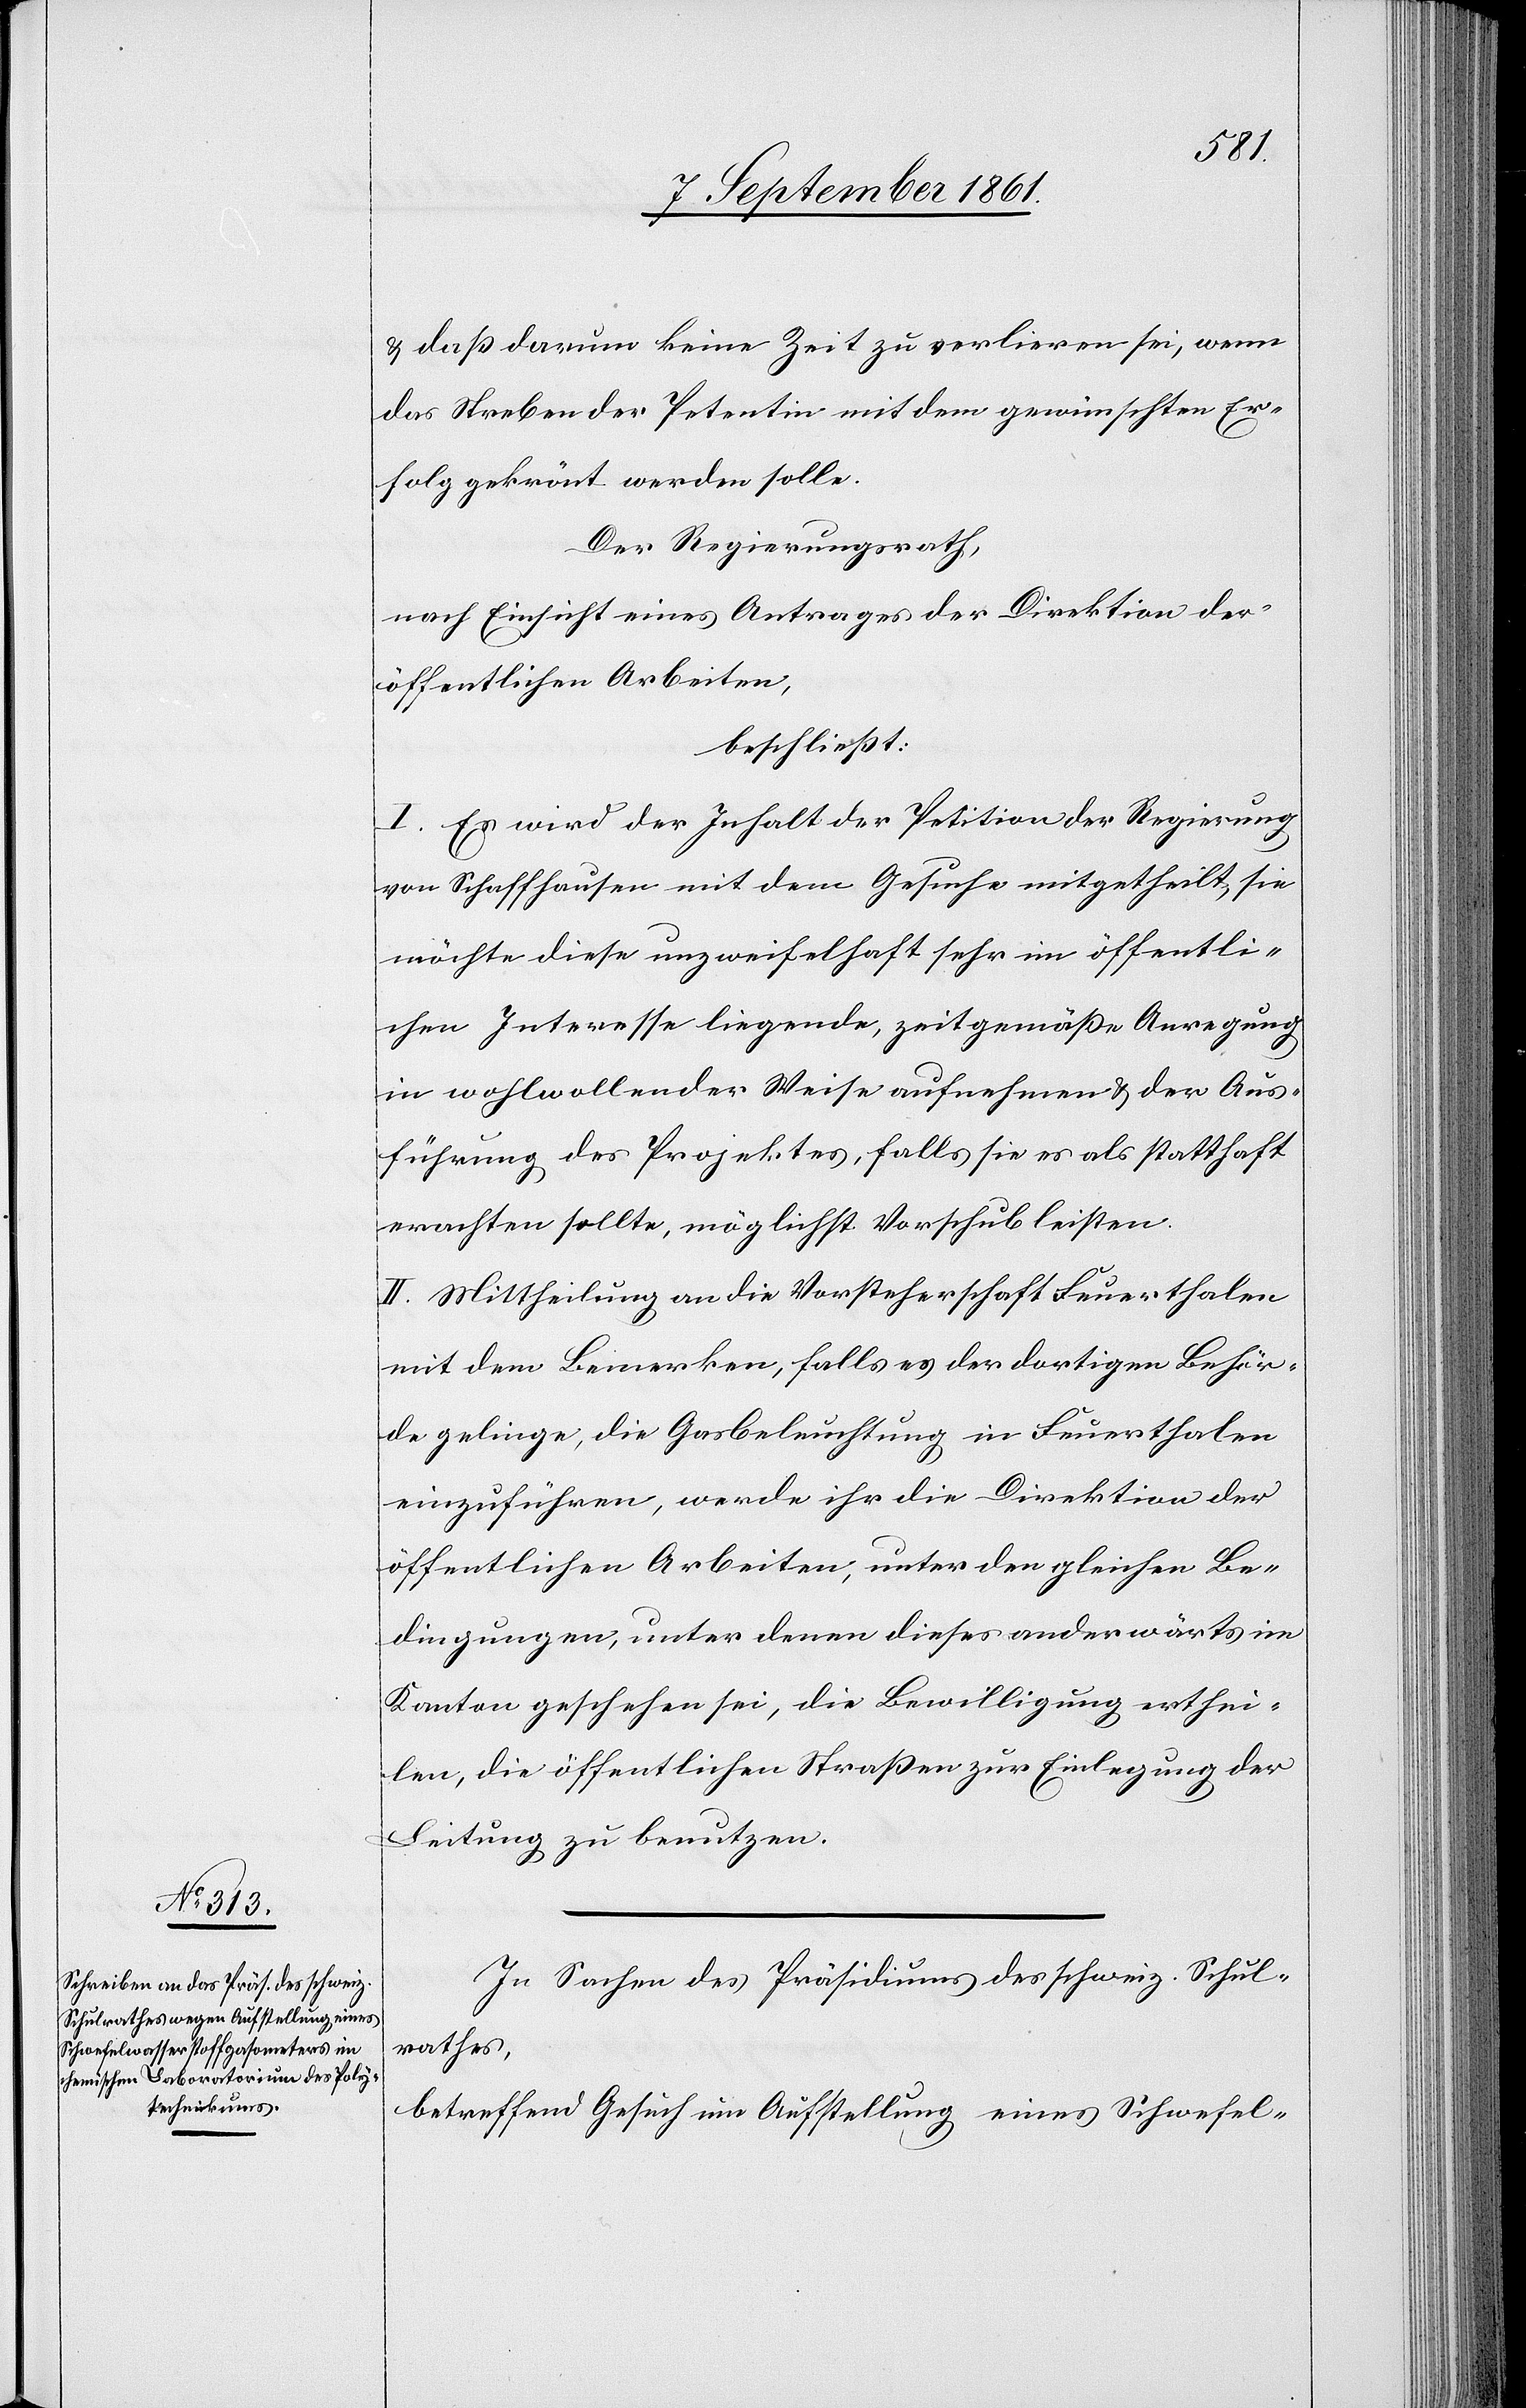
u. daß darum keine Zeit zu verlieren sei, wenn
das Streben der Petentin mit dem gewünschten Er¬
folg gekrönt werden solle.
Der Regierungsrath,
nach Einsicht eines Antrages der Direktion der
öffentlichen Arbeiten,
beschließt:
I. Es wird der Inhalt der Petition der Regierung
von Schaffhausen mit dem Gesuche mitgetheilt sie
möchte diese unzweifelhaft sehr im öffentli¬
chen Interesse liegende, zeitgemäße Anregung
in wohlwollender Weise aufnehmen u. der Aus¬
führung des Projektes, falls sie es als statthaft
erachten sollte, möglichst Vorschub leisten.
II. Mittheilung an die Vorsteherschaft Feuerthalen
mit dem Bemerken, falls es der dortigen Behör¬
de gelinge, die Gasbeleuchtung in Feuerthalen
einzuführen, werde ihr die Direktion der
öffentlichen Arbeiten, unter den gleichen Be¬
dingungen, unter denen dieses anderwärts im
Kanton geschehen sei, die Bewilligung erthei¬
len, die öffentlichen Straßen zur Einlegung der
Leitung zu benutzen.
In Sache des Präsidiums des schweiz. Schul¬
rathes,
betreffend Gesuch um Aufstellung eines Schwefel-